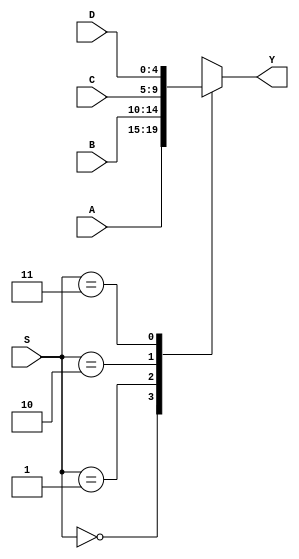
//---------------------Mux 4x1 4bits----------------------
module mux_4x1_5bit (Y, S, A, B, C, D);
	
	//Inputs
	input wire [4:0] A,B,C,D;
	input wire [1:0] S;

	//Outputs
	output reg [4:0] Y;

	//Test for selection bit
	always @ (S,A,B,C,D)

	case(S)
		2'b00:	Y=A;
		2'b01:	Y=B;
		2'b10:	Y=C;
		2'b11:	Y=D;
	endcase // S

endmodule // mux_4x